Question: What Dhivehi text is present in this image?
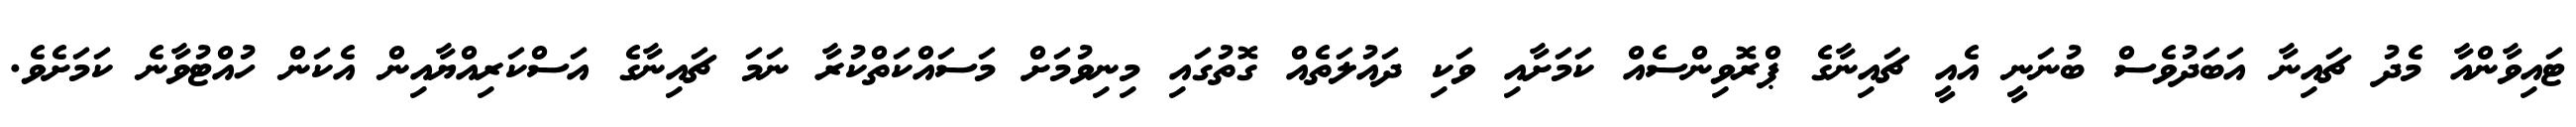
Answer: ޓައިވާންއާ މެދު ޗައިނާ އަބަދުވެސް ބުނަނީ އެއީ ޗައިނާގެ ޕްރޮވިންސެއް ކަމަށާއި ވަކި ދައުލަތެއް ގޮތުގައި މިނިވުމަށް މަސައްކަތްކުރާ ނަމަ ޗައިނާގެ އަސްކަރިއްޔާއިން އެކަން ހުއްޓުވާނެ ކަމަށެވެ.